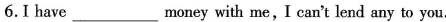
6.I have___money with me,I can't lend any to you.